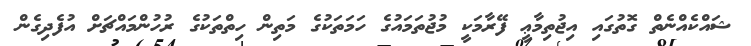
ޝައްކެއްނެތް ގޮތުގައި އިޖުތިމާޢީ ފޭރާމަކީ މުޖުތަމައުގެ ހަމަތަކުގެ މަތިން ހިތްތަކުގެ ރުހުންމައްޗަށް އުފެދިގެން